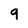
Character: 9